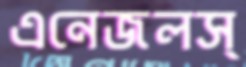
এনেজলস্